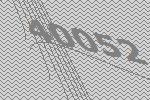
40052